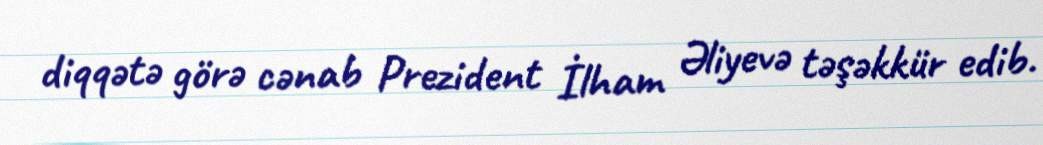
diqqətə görə cənab Prezident İlham Əliyevə təşəkkür edib.